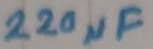
Text: 220µF